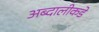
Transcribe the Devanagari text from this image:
अब्दालीकडे